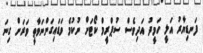
ފަނޑިޔާރު އަލީ ހަމީދު އަދިވެސް ސުޕްރީމް ކޯޓަށް ނުކުމެ ވަޑައިގަންނަވާތީ ވަރަށް ގިނަ